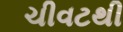
ચીવટથી